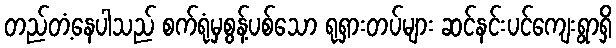
တည်တံ့နေပါသည် စက်ရုံမှစွန့်ပစ်သော ရုရှားတပ်များ ဆင်နင်းပင်ကျေးရွာရှိ